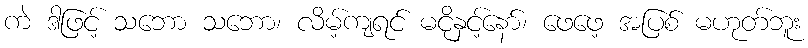
ကဲ ဒါဖြင့် သဘော သဘော၊ လိမ့်ကျရင် မငိုနှင့်နော်၊ ဖေဖေ့ အပြစ် မဟုတ်ဘူး